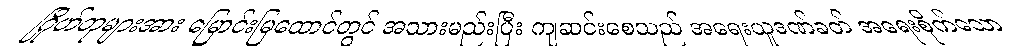
ဂြိုဟ်တုများအား မြောင်းမြထောင်တွင် အသားမည်းပြီး ကျဆင်းစေသည် အရေးယူဒဏ်ခတ် အရေးစိုက်သော